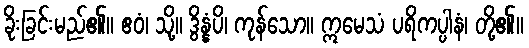
ခိုးခြင်းမည်၏။ ဧဝံ၊ သို့။ ဒွိန္နံပိ၊ ကုန်သော။ ဣမေသံ ပရိကပ္ပါနံ၊ တို့၏။